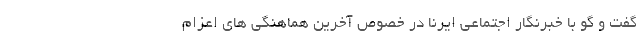
گفت و گو با خبرنگار اجتماعی ایرنا در خصوص آخرین هماهنگی های اعزام